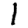
Digit: 1